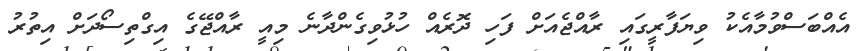
އެއްބަސްވުމާއެކު ވިޔަފާރީގައި ރާއްޖެއަށް ފަހި ދޮރެއް ހުޅުވިގެންދާނެ މިއީ ރާއްޖޭގެ އިގްތިސޯދަށް އިތުރު